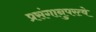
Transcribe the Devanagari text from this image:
प्रसंगानुपरत्वे